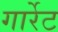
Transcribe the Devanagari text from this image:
गार्रेट